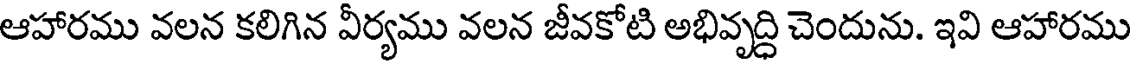
ఆహారము వలన కలిగిన వీర్యము వలన జీవకోటి అభివృద్ధి చెందును. ఇవి ఆహారము